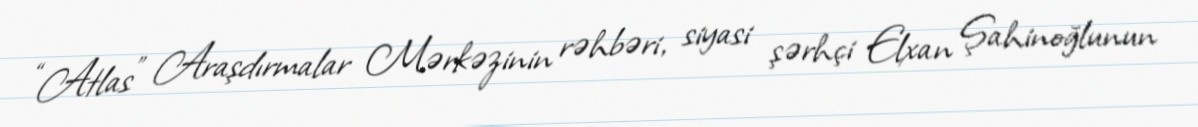
“Atlas” Araşdırmalar Mərkəzinin rəhbəri, siyasi şərhçi Elxan Şahinoğlunun